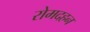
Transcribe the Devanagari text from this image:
रोमदहन